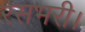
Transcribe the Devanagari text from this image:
रसभरी।